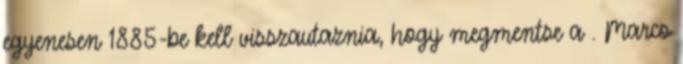
egyenesen 1885-be kell visszautaznia, hogy megmentse a . Marco